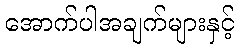
အောက်ပါအချက်များနှင့်